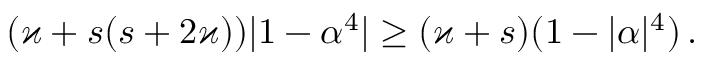
( \varkappa + s ( s + 2 \varkappa ) ) \vert 1 - \alpha ^ { 4 } \vert \geq ( \varkappa + s ) ( 1 - \vert \alpha \vert ^ { 4 } ) \, .